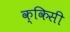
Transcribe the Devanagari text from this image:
क्किसी